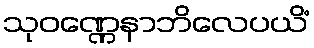
သုဝဏ္ဏေနာဘိလေပယိံ